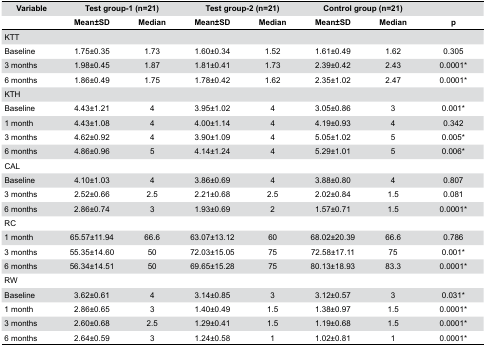
<table><thead><tr><td><b>Variable</b></td><td colspan="2"><b>Test group-1 (n=21)</b></td><td colspan="2"><b>Test group-2 (n=21)</b></td><td colspan="2"><b>Control group (n=21)</b></td><td>[EMPTY_CELL]</td></tr><tr><td>[EMPTY_CELL]</td><td><b>Mean±SD</b></td><td><b>Median</b></td><td><b>Mean±SD</b></td><td><b>Median</b></td><td><b>Mean±SD</b></td><td><b>Median</b></td><td><b>p</b></td></tr></thead><tbody><tr><td colspan="8">KTT</td></tr><tr><td>Baseline</td><td>1.75±0.35</td><td>1.73</td><td>1.60±0.34</td><td>1.52</td><td>1.61±0.49</td><td>1.62</td><td>0.305</td></tr><tr><td>3 months</td><td>1.98±0.45</td><td>1.87</td><td>1.81±0.41</td><td>1.73</td><td>2.39±0.42</td><td>2.43</td><td>0.0001*</td></tr><tr><td>6 months</td><td>1.86±0.49</td><td>1.75</td><td>1.78±0.42</td><td>1.62</td><td>2.35±1.02</td><td>2.47</td><td>0.0001*</td></tr><tr><td colspan="8">KTH</td></tr><tr><td>Baseline</td><td>4.43±1.21</td><td>4</td><td>3.95±1.02</td><td>4</td><td>3.05±0.86</td><td>3</td><td>0.001*</td></tr><tr><td>1 month</td><td>4.43±1.08</td><td>4</td><td>4.00±1.14</td><td>4</td><td>4.19±0.93</td><td>4</td><td>0.342</td></tr><tr><td>3 months</td><td>4.62±0.92</td><td>4</td><td>3.90±1.09</td><td>4</td><td>5.05±1.02</td><td>5</td><td>0.005*</td></tr><tr><td>6 months</td><td>4.86±0.96</td><td>5</td><td>4.14±1.24</td><td>4</td><td>5.29±1.01</td><td>5</td><td>0.006*</td></tr><tr><td colspan="8">CAL</td></tr><tr><td>Baseline</td><td>4.10±1.03</td><td>4</td><td>3.86±0.69</td><td>4</td><td>3.88±0.80</td><td>4</td><td>0.807</td></tr><tr><td>3 months</td><td>2.52±0.66</td><td>2.5</td><td>2.21±0.68</td><td>2.5</td><td>2.02±0.84</td><td>1.5</td><td>0.081</td></tr><tr><td>6 months</td><td>2.86±0.74</td><td>3</td><td>1.93±0.69</td><td>2</td><td>1.57±0.71</td><td>1.5</td><td>0.0001*</td></tr><tr><td colspan="8">RC</td></tr><tr><td>1 month</td><td>65.57±11.94</td><td>66.6</td><td>63.07±13.12</td><td>60</td><td>68.02±20.39</td><td>66.6</td><td>0.786</td></tr><tr><td>3 months</td><td>55.35±14.60</td><td>50</td><td>72.03±15.05</td><td>75</td><td>72.58±17.11</td><td>75</td><td>0.001*</td></tr><tr><td>6 months</td><td>56.34±14.51</td><td>50</td><td>69.65±15.28</td><td>75</td><td>80.13±18.93</td><td>83.3</td><td>0.0001*</td></tr><tr><td colspan="8">RW</td></tr><tr><td>Baseline</td><td>3.62±0.61</td><td>4</td><td>3.14±0.85</td><td>3</td><td>3.12±0.57</td><td>3</td><td>0.031*</td></tr><tr><td>1 month</td><td>2.86±0.65</td><td>3</td><td>1.40±0.49</td><td>1.5</td><td>1.38±0.97</td><td>1.5</td><td>0.0001*</td></tr><tr><td>3 months</td><td>2.60±0.68</td><td>2.5</td><td>1.29±0.41</td><td>1.5</td><td>1.19±0.68</td><td>1.5</td><td>0.0001*</td></tr><tr><td>6 months</td><td>2.64±0.59</td><td>3</td><td>1.24±0.58</td><td>1</td><td>1.02±0.81</td><td>1</td><td>0.0001*</td></tr></tbody></table>